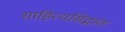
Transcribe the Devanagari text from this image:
साहित्यसिद्धांत